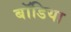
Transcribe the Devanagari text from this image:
बॉडिया